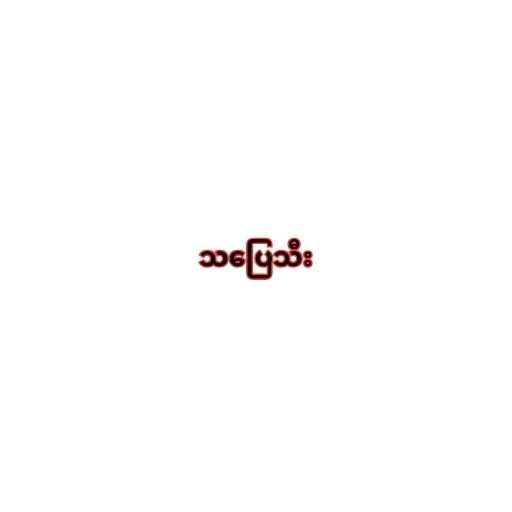
သပြေသီး